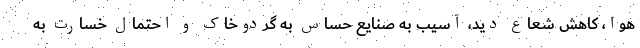
هوا، کاهش شعاع دید، آسیب به صنایع حساس به گردوخاک و احتمال خسارت به